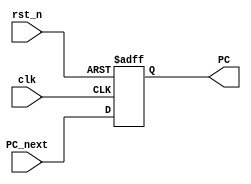
module PC_reg(
    input  wire        clk,
    input  wire        rst_n,
    input  wire [31:0] PC_next,
    
    output reg  [31:0] PC
);

    always @(posedge clk or negedge rst_n) 
    begin
        if (~ rst_n)
            PC <= 32'h0;
        else 
            PC <= PC_next;
    end
    
endmodule

module Counter_add_4 (
    input  wire [31:0]PC_in,
    output wire [31:0]PC_out
);
    assign PC_out = PC_in + 4;
endmodule

module PC_counter (
    input  wire        clk,
    input  wire        rst_n,
    input  wire [31:0] PC_in,
    input  wire        input_sel,   
    
    output reg  [31:0] PC,
    output wire [31:0] PC_next
);
    // wire        PC_next;
    // reg  [31:0] PC_next;
    assign PC_next = PC + 4;

    // always @(PC or input_sel) begin
    //     PC_next = PC + 4; 
    // end

    always @(posedge clk or negedge rst_n) 
    begin
        if (~ rst_n)
            PC <= 32'h0;
        else 
        begin
            PC <= input_sel ? PC_in :PC_next ;
        end
    end

endmodule

module PC_tb ();
    reg         clk;
    reg         sel;
    reg         rst_n;
    wire [31:0] out; 
    PC_counter DUT (.clk(clk),
                    .rst_n(rst_n),
                    .input_sel(sel),
                    .PC(out)
                    );
    always #5 clk=~clk;

    initial begin
        clk = 0;
        sel = 0;
        rst_n = 0;
        # 10 
        rst_n = 1;
        #100 
        sel = 1;
    end
endmodule